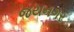
જયનગર